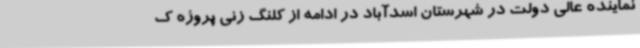
نماینده عالی دولت در شهرستان اسدآباد در ادامه از کلنگ زنی پروژه ک